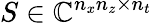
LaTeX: S\in\mathbb{C}^{n_{x}n_{z}\times n_{t}}